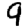
Digit: 9